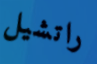
راتشيل